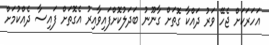
އަހަރަކަށް ޖެހޭ ވަރު ދައްކާ ގޮތަށް ގާނޫނު ބަދަލުކޮށްފައިވާއިރު އެގޮތަށް ފައިސާ ދެއްކުމަށް